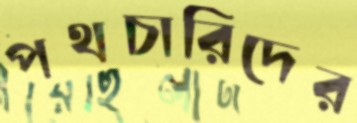
পথচারিদের